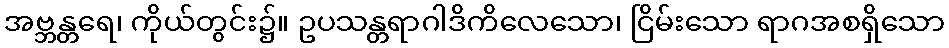
အဗ္ဘန္တရေ၊ ကိုယ်တွင်း၌။ ဥပသန္တရာဂါဒိကိလေသော၊ ငြိမ်းသော ရာဂအစရှိသော